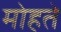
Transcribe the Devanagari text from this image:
मोहते